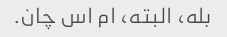
بله، البته، ام اس چان.